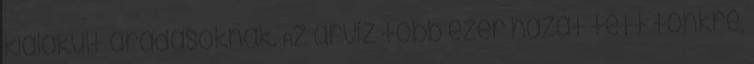
kialakult áradásoknak. Az árvíz több ezer házat tett tönkre,